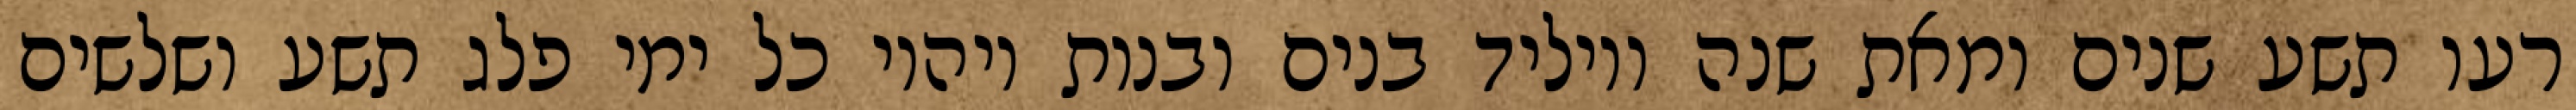
רעו תשע שנים ומאת שנה ויוליד בנים ובנות ויהיו כל ימי פלג תשע ושלשים